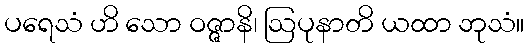
ပရေသံ ဟိ သော ဝဇ္ဇာနိ၊ ဩပုနာတိ ယထာ ဘုသံ။